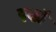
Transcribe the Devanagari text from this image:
वृद्ध्यै